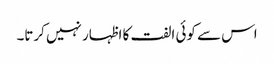
اس سے کوئی الفت کا اظہار نہیں کرتا۔